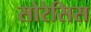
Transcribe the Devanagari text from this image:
सोरेसिस